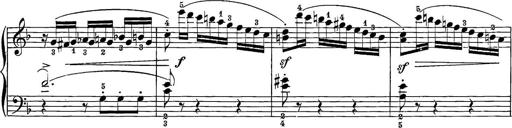
Title: 12 Sonatine per Pianoforte
Composer: Friedrich Kuhlau